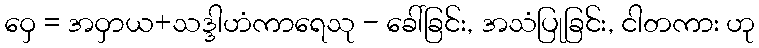
ဝှေ = အဝှာယ+သဒ္ဒါဟံကာရေသု - ခေါ်ခြင်း, အသံပြုခြင်း, ငါတကား ဟု